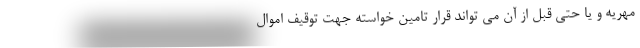
مهریه و یا حتی قبل از آن می تواند قرار تامین خواسته جهت توقیف اموال